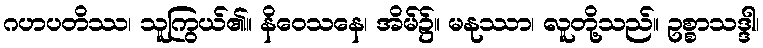
ဂဟပတိဿ၊ သူကြွယ်၏။ နိဝေသနေ၊ အိမ်၌။ မနုဿာ၊ လူတို့သည်။ ဥစ္စာသဒ္ဒါ၊